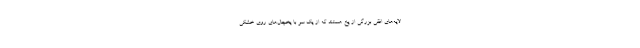
لایه‌های افقی بزرگی از یخ هستند که از یک سو با یخچال‌های روی خشکی